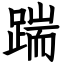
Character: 踹